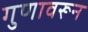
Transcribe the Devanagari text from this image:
गुणावरून